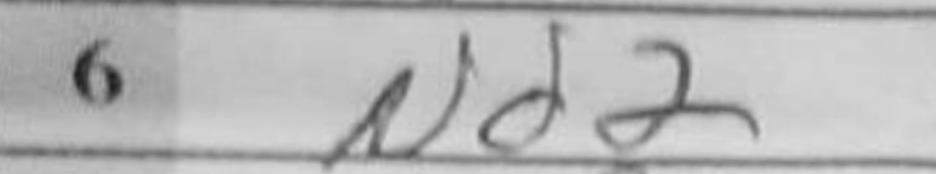
Transcription: Nd2